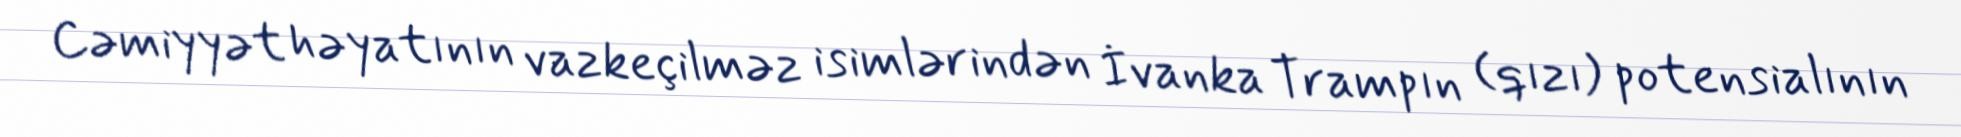
Cəmiyyət həyatının vazkeçilməz isimlərindən İvanka Trampın (qızı) potensialının